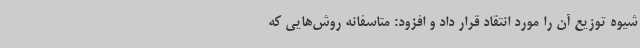
شیوه توزیع آن را مورد انتقاد قرار داد و افزود: متاسفانه روش‌هایی که